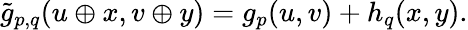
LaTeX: {\widetilde{g}}_{p,q}(u\oplus x,v\oplus y)=g_{p}(u,v)+h_{q}(x,y).